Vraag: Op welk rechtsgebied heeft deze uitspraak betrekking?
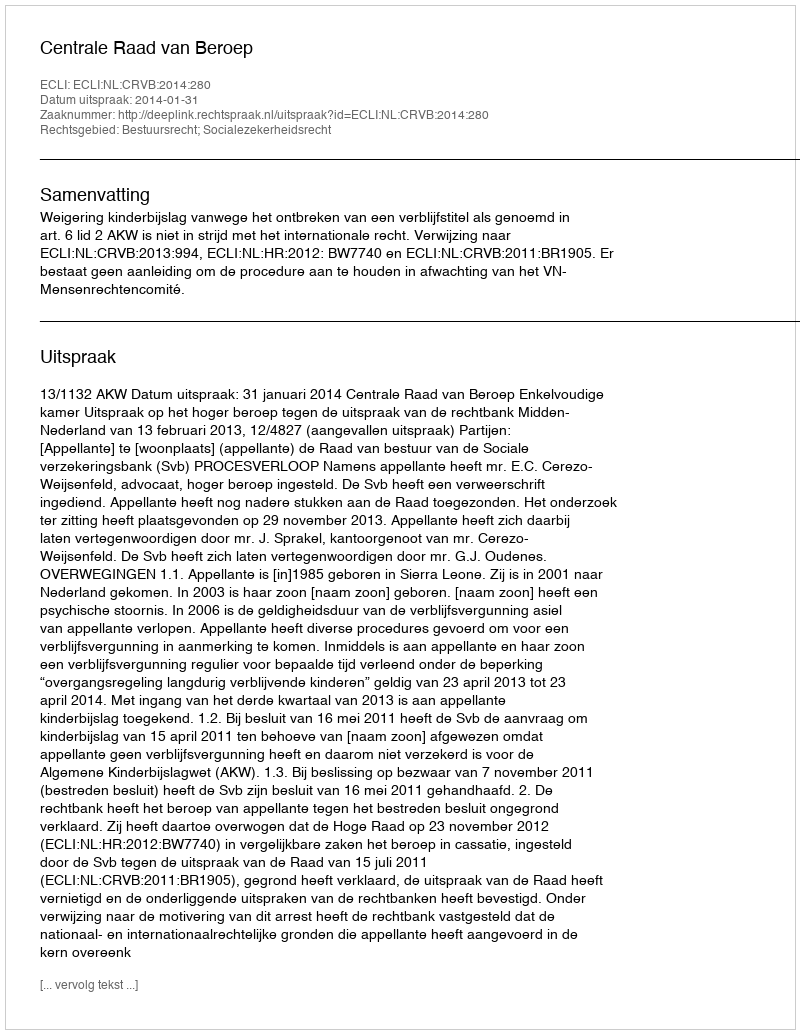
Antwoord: Bestuursrecht; Socialezekerheidsrecht